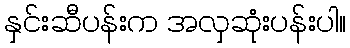
နှင်းဆီပန်းက အလှဆုံးပန်းပါ။